Problem: 9 × 3 = ?
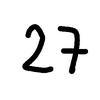
Handwritten answer: 27